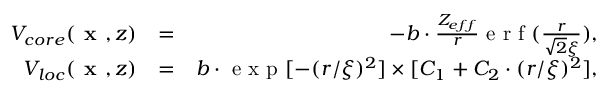
\begin{array} { r l r } { V _ { c o r e } ( \textbf { x } , z ) } & { = } & { - b \cdot \frac { Z _ { e f f } } { r } \textrm { e r f } ( \frac { r } { \sqrt { 2 } \xi } ) , } \\ { V _ { l o c } ( \textbf { x } , z ) } & { = } & { b \cdot \textrm { e x p } [ - ( r / \xi ) ^ { 2 } ] \times [ C _ { 1 } + C _ { 2 } \cdot ( r / \xi ) ^ { 2 } ] , } \end{array}